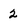
Character: 2